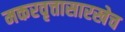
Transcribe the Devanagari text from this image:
मकरवृत्तासारखेच